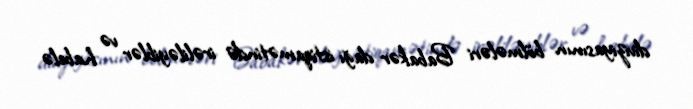
diviziyasının bölmələri Babakər dağı istiqamətində irəliləyiblər və habelə